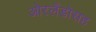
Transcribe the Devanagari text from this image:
ओरलँडोसह